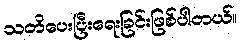
သတိပေးပြီးရေးခြင်းဖြစ်ပါတယ်။